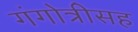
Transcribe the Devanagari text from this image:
गंगोत्रीसह